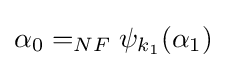
\alpha _{0}=_{NF}\psi _{k_{1}}(\alpha _{1})